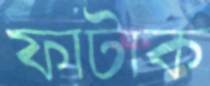
ফাটাক